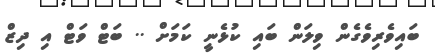
ބައިވެރިވެގެން ވިލަން ބައި ކުޅެނީ ކަމަށް .. ބަޓް ވަޓް އި ދިޒް